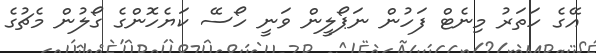
އޭގެ ހަތަރު މިނެޓް ފަހުން ނަޕޯލީން ވަނީ ހޯސޭ ކަޔެހޮންގެ ގޯލުން މެޗުގެ